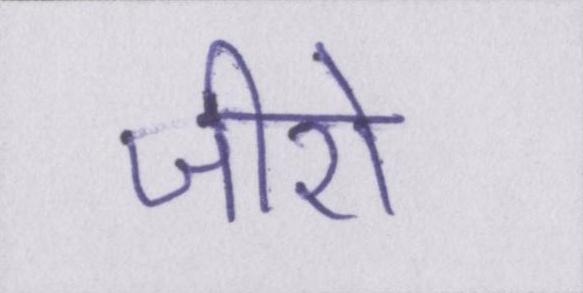
जीरो